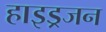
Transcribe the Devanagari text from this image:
हाइड्रजन